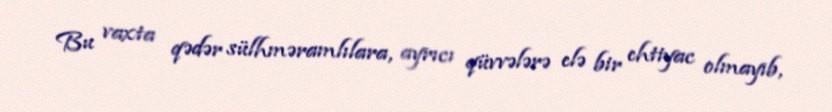
Bu vaxta qədər sülhməramlılara, ayrıcı qüvvələrə elə bir ehtiyac olmayıb,